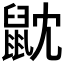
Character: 𪔽